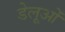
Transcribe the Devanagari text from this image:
डेलूओं